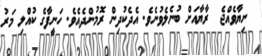
ނިޔާވެއްޖެ  ރާޔާއަށް ބުނެލެވުނެވެ. އެދެކުދިން ރޮމުންދެއެވެ. ހަނީފާގެ ކުއްލި މަރު